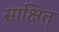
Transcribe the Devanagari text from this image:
साक्षित्‌